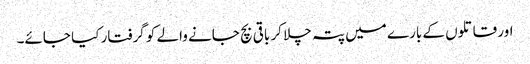
اور قاتلوں کے بارے میں پتہ چلا کر باقی بچ جانے والے کو گرفتار کیا جائے۔